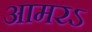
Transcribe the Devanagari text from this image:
आमरऽ